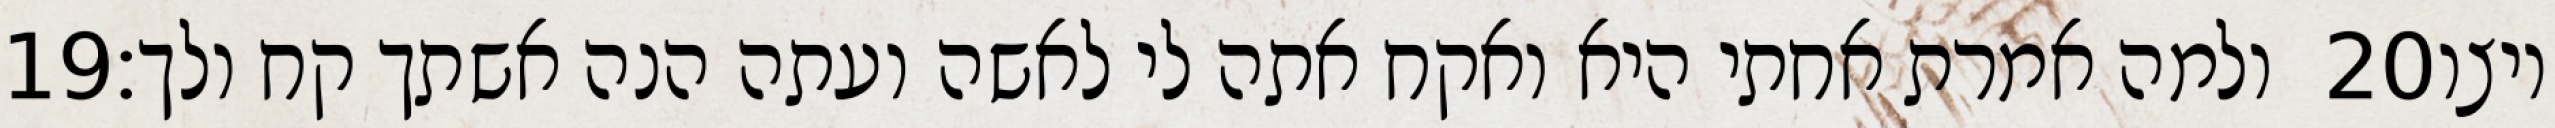
‎19‏ ולמה אמרת אחתי היא ואקח אתה לי לאשה ועתה הנה אשתך קח ולך׃ ‎20‏ ויצו